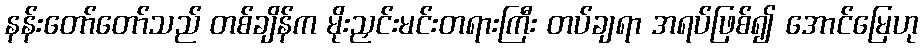
နန်းတော်တော်သည် တစ်ချိန်က မိုးညှင်းမင်းတရားကြီး တပ်ချရာ အရပ်ဖြစ်၍ အောင်မြေဟု